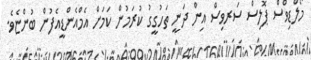
މޯލްޑިވްސް ޕޮލިސް ސަރވިސް އިން ދަނީ ތަހުގީގު ކުރަމުން ކަމަށް އެމްއެންޑީއެފުން ބުންޏެވެ.